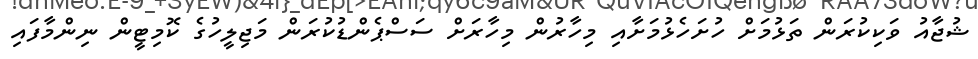
ޝުޖާއު ވަކިކުރަން ތަޅުމަށް ހުށަހެޅުމަށާއި މިހާރުން މިހާރަށް ސަސްޕެންޑުކުރަން މަޖިލީހުގެ ކޮމިޓީން ނިންމާފައި